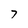
Character: 7